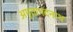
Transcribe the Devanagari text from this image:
अमृतानदनाथ